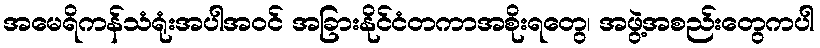
အမေရိကန်သံရုံးအပါအဝင် အခြားနိုင်ငံတကာအစိုးရတွေ၊ အဖွဲ့အစည်းတွေကပါ